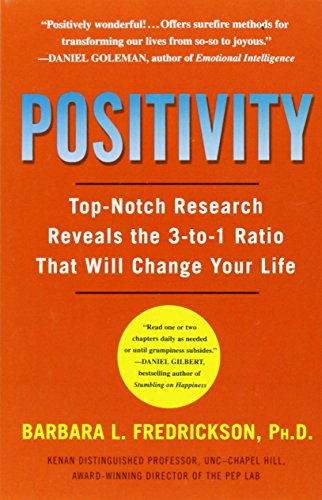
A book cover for Positivity: Top-Notch Research Reveals the Upward Spiral That Will Change Your Life; Barbara Fredrickson; Health, Fitness & Dieting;